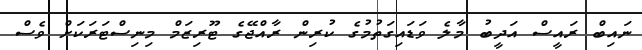
ނައިބް ރައީސް އަދީބު މާލެ ވަޑައިގަތުމުގެ ކުރިން ރާއްޖޭގެ ޓޫރިޒަމް މިނިސްޓަރަކަަށް ވެސް